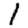
Digit: 1